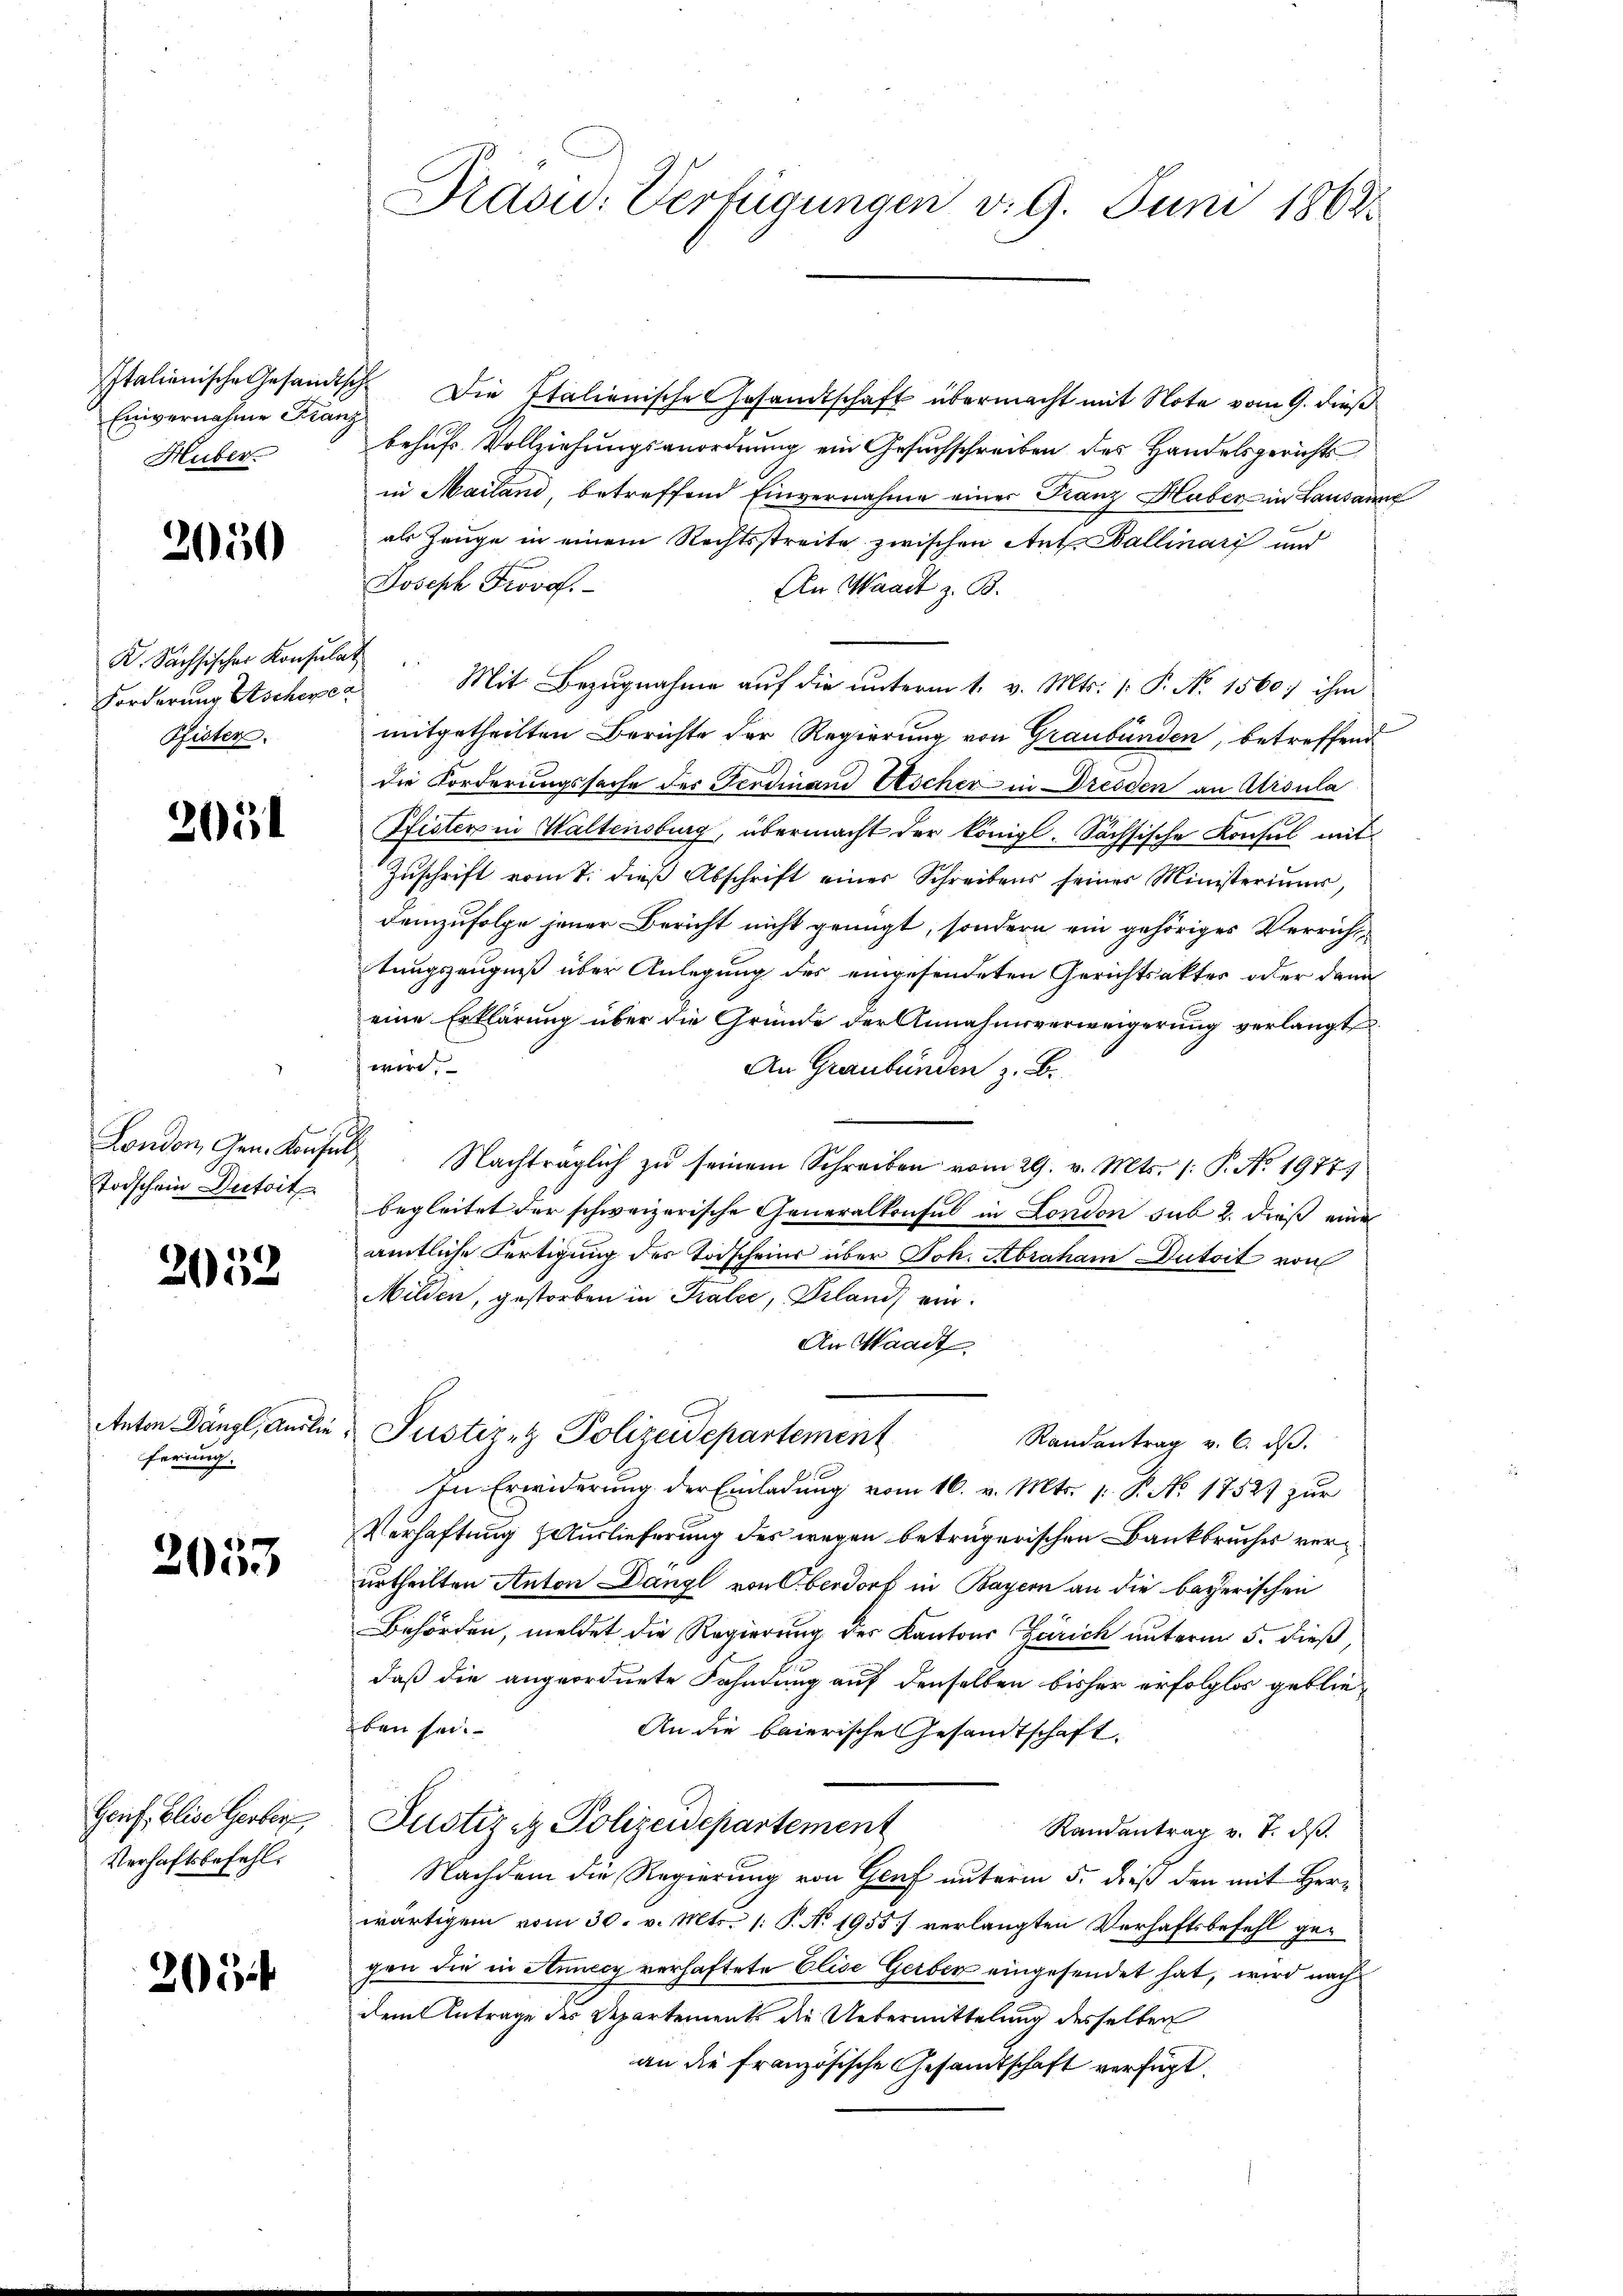
Einvernahme Franz
Huber

2050

K. Sachsischer Konsulat
Forderung Aschere a
Pfister.

201

London, Gen. Konsul
Todschein Durtoit

2052

Anton Dängl, Auslieferung.

2057

Genf Elise Gerber
Verhaftsbefehl.

20

Prasid. Verfügungen v. 9. Juni 1868

Italienische Gesandtische Die Italienische Gesandtschaft übermacht mit Note vom 9. dieß
behufs Vollziehungsanordnung ein Gesuchschreiben des Handelsgerichts
in Mailand, betreffend Einvernahme einer Franz Haber in Landann
als Zeuge in einem Rechtsstreite zwischen Ant. Ballinari und
Joseph Frovo
An Waadt z. B.
Mit Bezugnahme auf die unterm 1. v. Mts. (: P. No 1560; ihm
mitgetheilten Berichte der Regierung von Graubünden, betreffend
die Forderungssache des Ferdinand Sticher in Dresden an Atrsula
Pfister in Waltensburg, übermacht der königl. Sächsische Konsul mit
Zŭschrift vom 7. dieβ Abschrift eines Schreibens seiner Ministerium,
Demzufolge jener Bericht nicht genügt, sondern ein gehöriges Verricht
tungszeugniß über Anlegung des eingesendeten Gerichtsakter oder dann
eine Erklärung über die Gründe der Annahmsverweigerung verlangt
 wird.
An Graubünden z. B.
Nachträglich zu seinem Schreiben vom 29. v. Mts. /: P. Nr. 1977)
begleitet der schweizerische Generalkonsul in London sub 2. dieß eine
amtliche Fertigung des Todscheins über Joh. Abraham Dutoit von
Milden, gestorben in Traler, Biland, ein¬
An Waadt
Justizez Polizeidepartement
Randantrag v. 6. dβ.
In Erwiderung der Einladung vom 16. v. Mts. p. P. No 17527 zur
Verhaftung Auslieferung des wegen betrügerischen Bankbruches verurtheilten Anton Dangl von Oberdorf in Bayern an die bayerischen
Behörden, meldet die Regierung des Kantons Zürich unterm 5. dieß,
daß die angeordnete Fahndung auf denselben bisher erfolglos geblieben sei.
An die baierische Gesandtschaft.
Justiz & Polizeidepartement
Randantrag v. 7. ds.
Nachdem die Regierung von Genf unterm 5. dieß den mit Herwärtigem vom 30. v. Mts. (: P. N. 1955) verlangten Verhaftsbefehl gegen die in Annecy verhaftete Elise Gerber eingesendet hat, wird nach
dem Antrage des Departement die Uebermittelung desselben
an die französische Gesandtschaft verfügt.